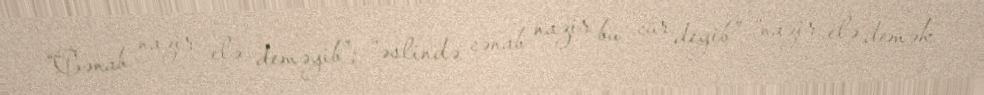
“Cənab nazir elə deməyib”; “əslində cənab nazir bu cür deyib”; “nazir elə demək